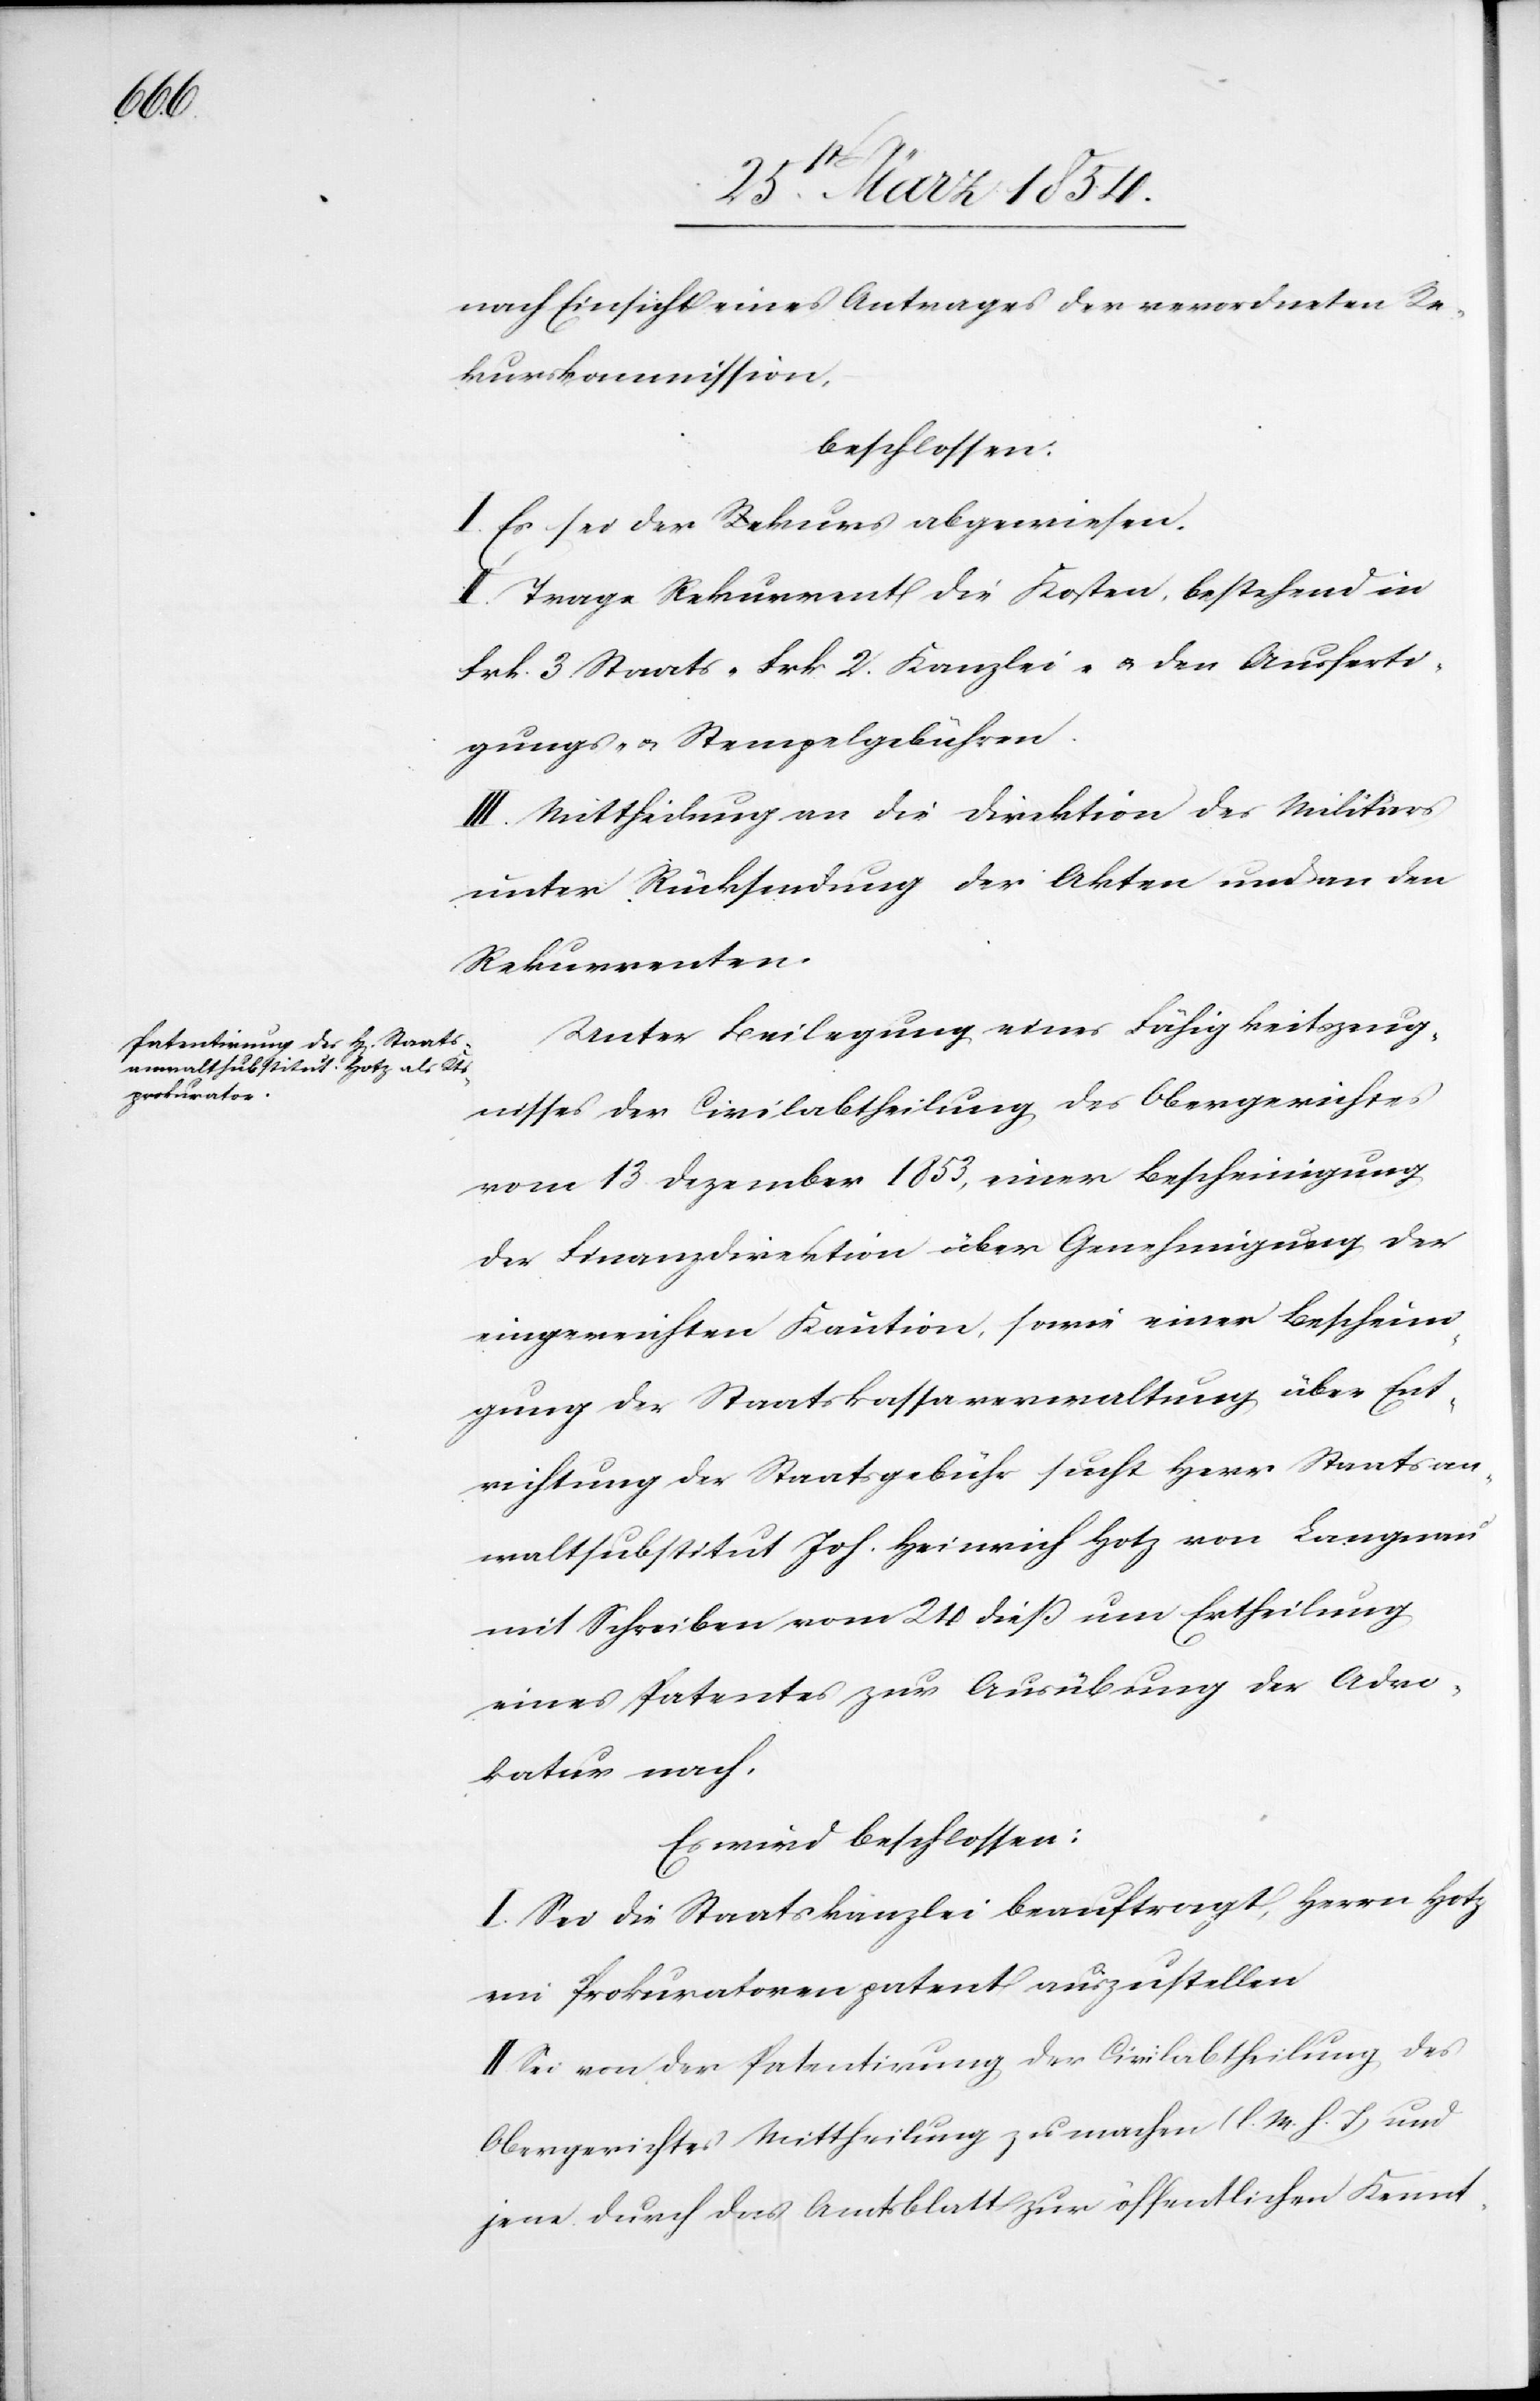
nach Einsicht eines Antrages der verordneten Re¬
kurskommission,
beschlossen:
I. Es sei der Rekurs abgewiesen.
II. Trage Rekurrent die Kosten, bestehend in
Frk. 3. Staats-[,] Frk. 2. Kanzlei- u. den Ausferti¬
gungs- u. Stempelgebühren.
III. Mittheilung an die Direktion des Militärs
unter Rücksendung der Akten und an den
Rekurrenten.
Unter Beilegung eines Fähigkeitszeug¬
nisses der Civilabtheilung des Obergerichts
vom 13. Dezember 1853, einer Bescheinigung
der Finanzdirektion über Genehmigung der
eingereichten Kaution, sowie einer Bescheini¬
gung der Staatskassaverwaltung über Ent¬
richtung der Staatsgebühr sucht Herr Staatsan¬
waltsubstitut Joh. Heinrich Hotz von Langnau
mit Schreiben vom 24 dieß um Ertheilung
eines Patentes zur Ausübung der Advo¬
katur nach.
Es wird beschlossen:
I. Sei die Staatskanzlei beauftragt, Herrn Hotz
ein Prokuratorenpatent auszustellen.
II Sei von der Patentirung der Civilabtheilung des
Obergerichtes Mittheilung zu machen (l. M. h. T.) und
jene durch das Amtsblatt zur öffentlichen Kennt-